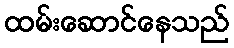
ထမ်းဆောင်နေသည်